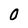
Character: 0